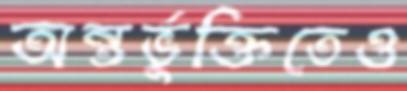
অন্তর্ভুক্তিতেও